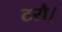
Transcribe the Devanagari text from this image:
टरौ।